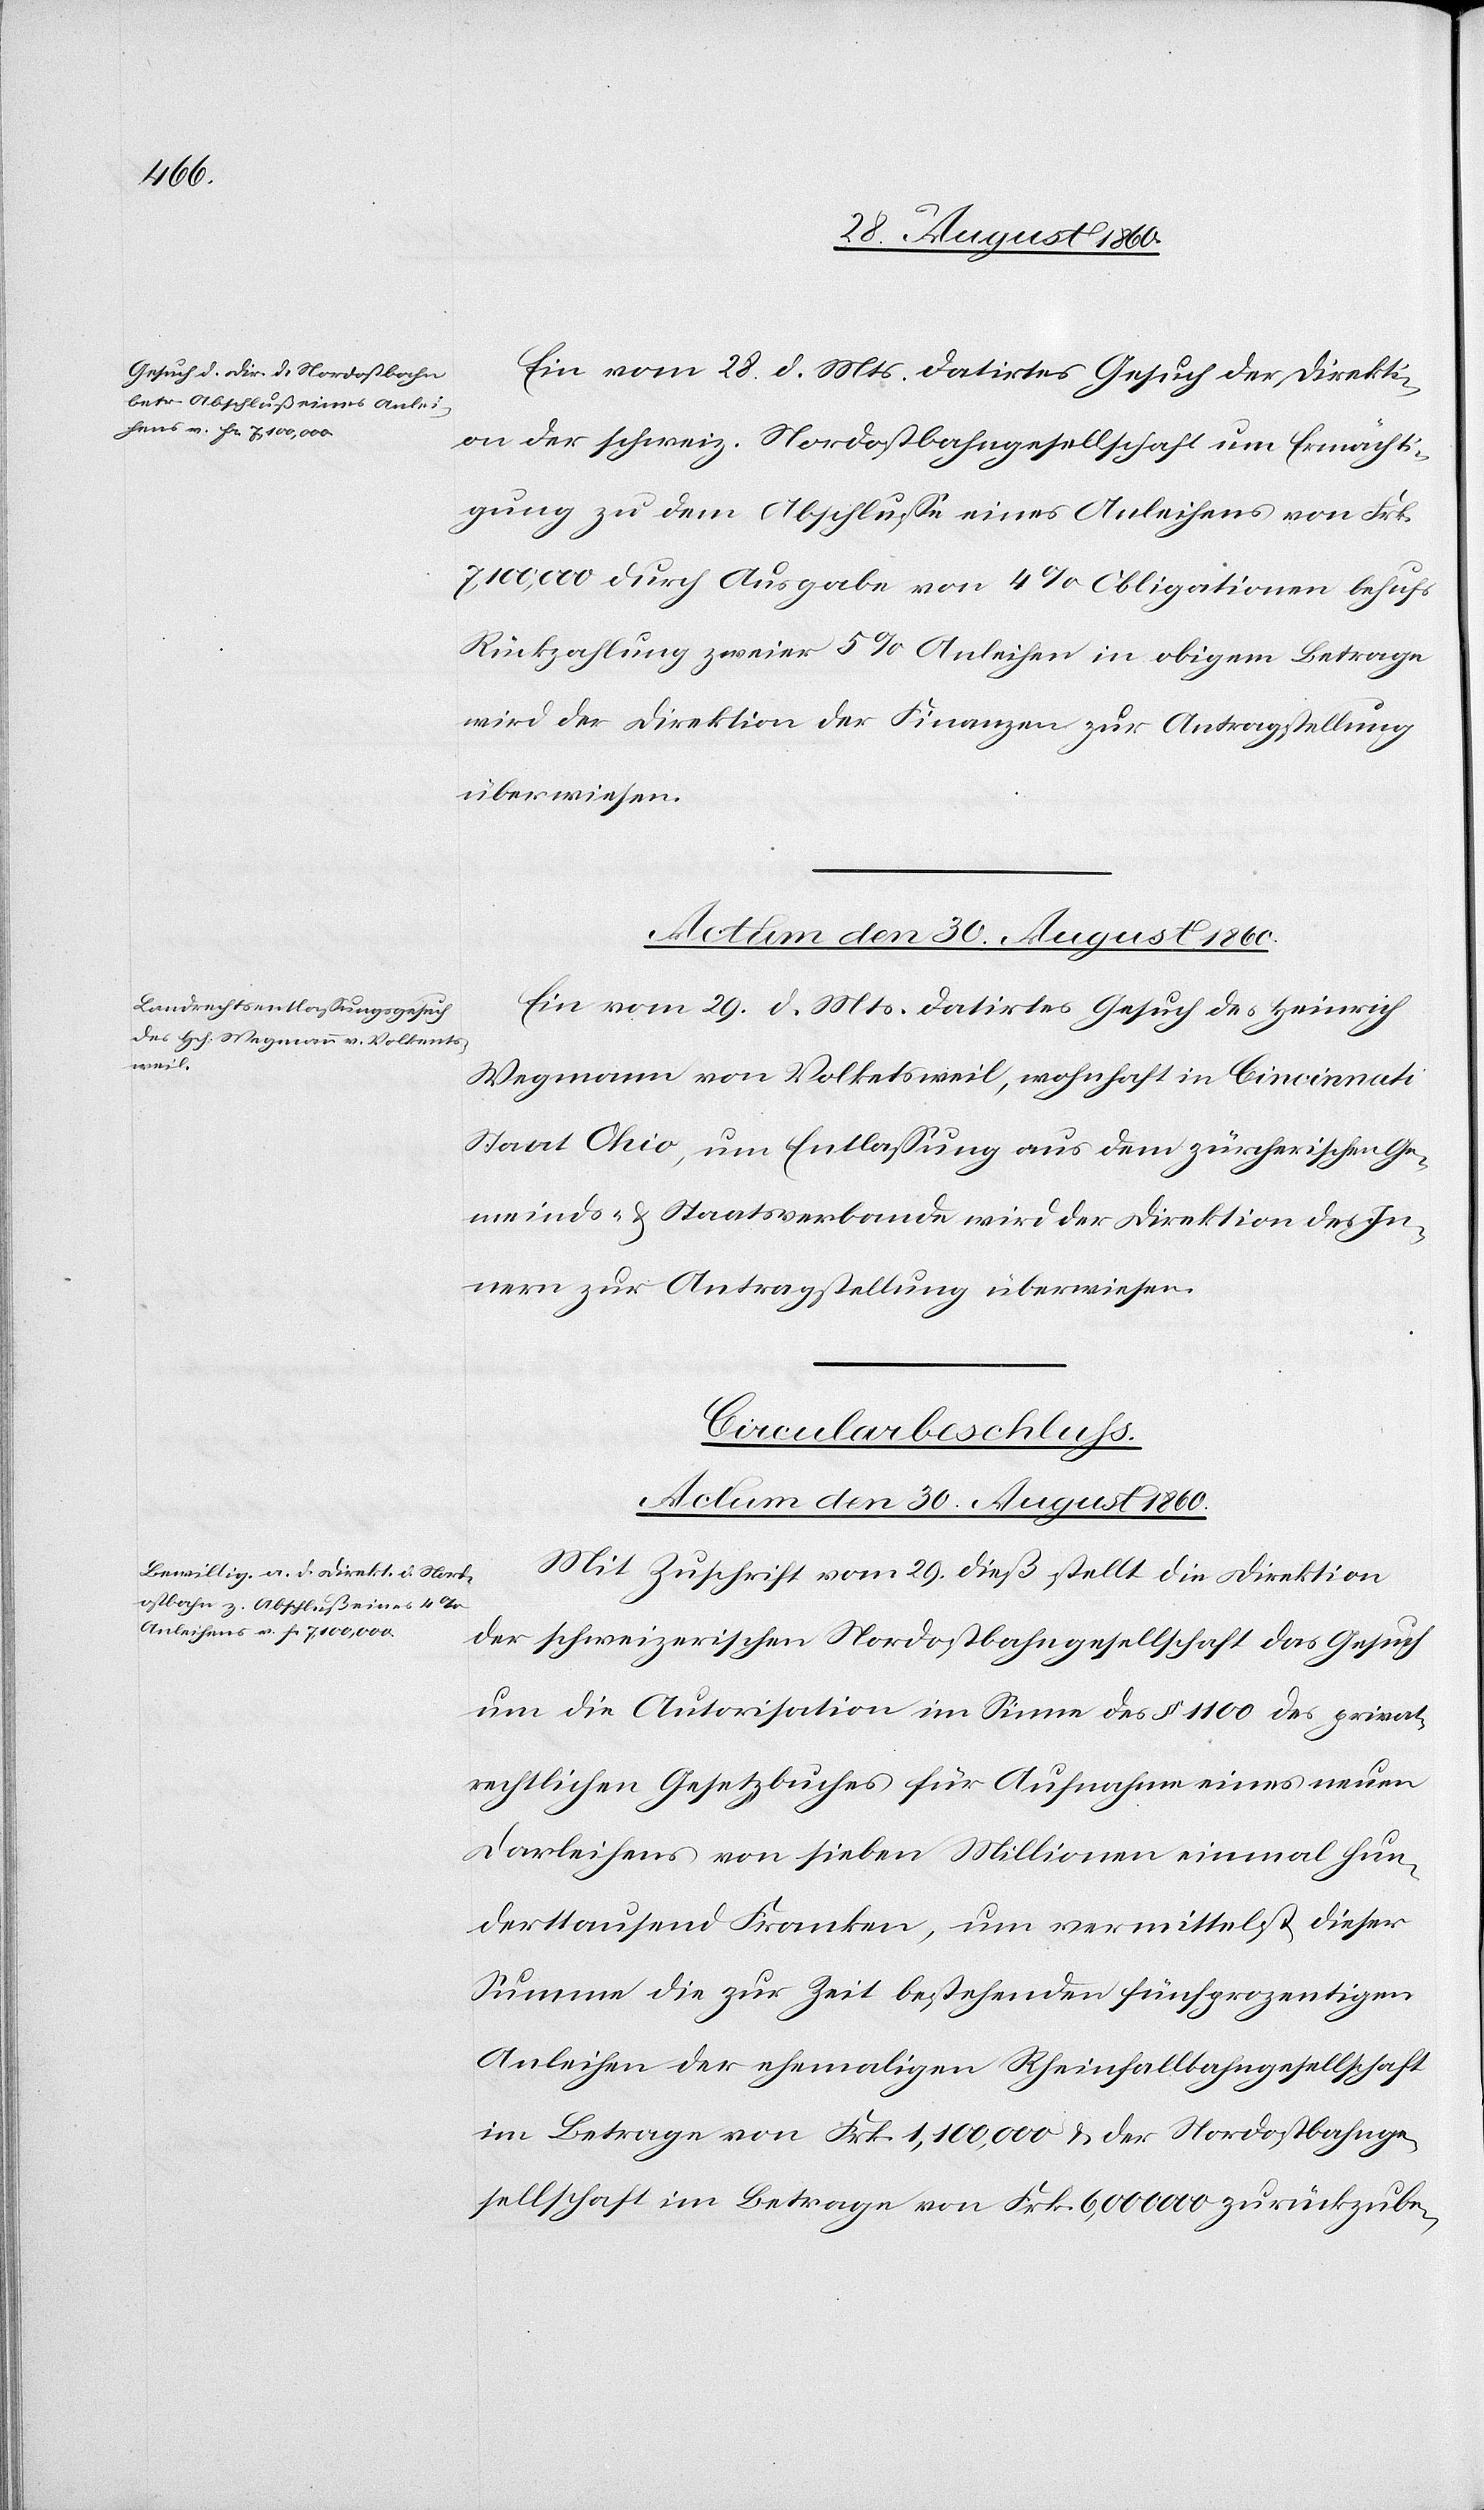
Ein vom 28. d. Mts. datirtes Gesuch der Direkti¬
on der schweiz. Nordostbahngesellschaft um Ermächti¬
gung zu dem Abschlusse eines Anleihens von fcs.
7,100 000 durch Ausgabe von 4% Obligationen behufs
Rückzahlung zweier 5% Anleihen in obigen Betrage
wird der Direktion der Finanzen zur Antragstellung
überwiesen.
Ein vom 29. d. Mts. datirtes Gesuch des Heinrich
Wegmann von Volketsweil, wohnhaft in Cincinati,
Staat Ohio um Entlassung aus dem Zürcherischen Ge¬
meinds- und Staatsverbande, wird der Direktion des In¬
nern zur Antragstellung überwiesen.
rechtl. Gesetzbuches
Actum den 30. August 1860.
Mit Zuschrift vom 29. diess stellt die Direktion
der schweizerischen Nordostbahngesellschaft das Gesuch
um die Autorisation im Sinne des §. 1100 des privat¬
Darleihens von sieben Millionen Einmal hun¬
derttausend Franken, um vermittelst dieser
Summe die zur Zeit bestehenden fünfprozentigen
Anleihen der ehemaligen Rheinfallbahngesellschaft
im Betrage von fcs. 1,1000 000 u. der Nordostbahnge¬
sellschaft im Betrage von fcs. 6,000 000 zurückzube-